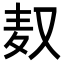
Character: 𮮃